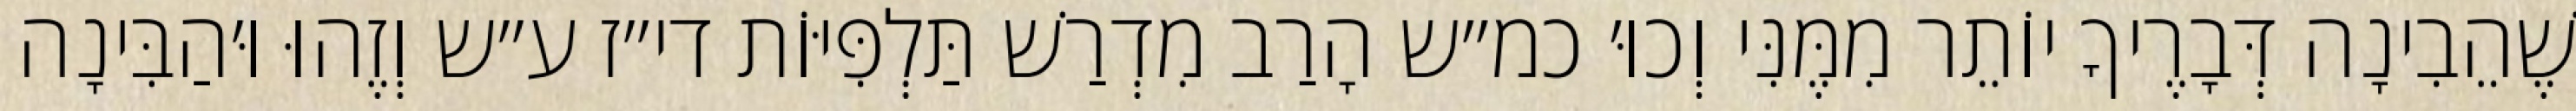
שֶׁהֵבִינָה דְּבָרֶיךָ יוֹתֵר מִמֶּנִּי וְכוּ׳ כמ״ש הָרַב מִדְרַשׁ תַּלְפִּיּוֹת די״ז ע״ש וְזֶהוּ וּ׳הַבִּינָה